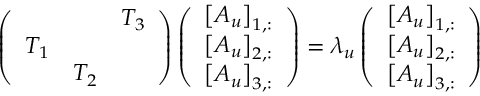
\left( \begin{array} { l l l } & & { T _ { 3 } } \\ { T _ { 1 } } & & \\ & { T _ { 2 } } & \end{array} \right) \left( \begin{array} { l } { \left[ A _ { u } \right] _ { 1 , : } } \\ { \left[ A _ { u } \right] _ { 2 , : } } \\ { \left[ A _ { u } \right] _ { 3 , : } } \end{array} \right) = \lambda _ { u } \left( \begin{array} { l } { \left[ A _ { u } \right] _ { 1 , : } } \\ { \left[ A _ { u } \right] _ { 2 , : } } \\ { \left[ A _ { u } \right] _ { 3 , : } } \end{array} \right)